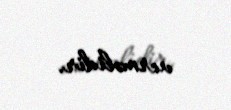
verməlidir.